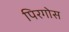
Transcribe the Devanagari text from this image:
पिरगोस